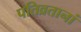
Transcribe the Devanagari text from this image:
पतिव्रतानां